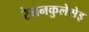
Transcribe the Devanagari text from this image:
रेननकुलेसेइ